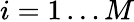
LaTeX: i=1\ldots M